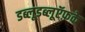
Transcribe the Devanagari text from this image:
डब्लूडब्लूऍफ़के